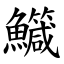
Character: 鱵